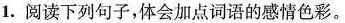
1.阅读下列句子，体会加点词语的感情色彩。